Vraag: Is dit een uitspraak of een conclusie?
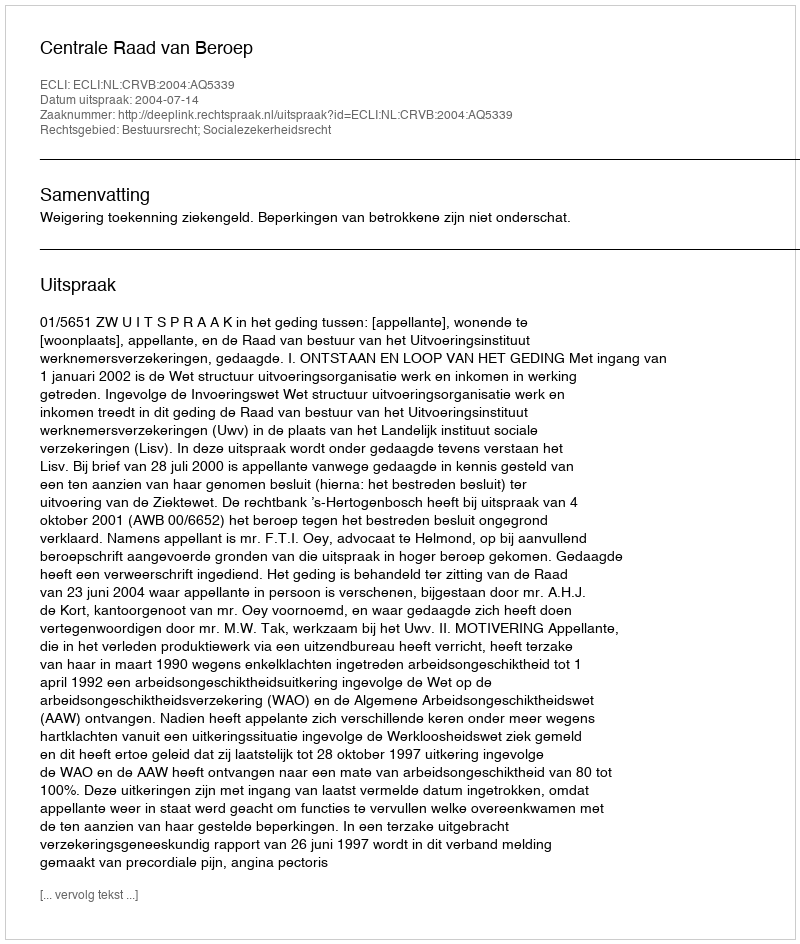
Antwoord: Uitspraak